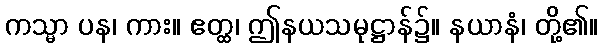
ကသ္မာ ပန၊ ကား။ ဧတ္ထ၊ ဤနယသမုဋ္ဌာန်၌။ နယာနံ၊ တို့၏။